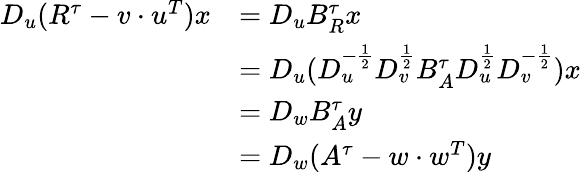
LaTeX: \begin{array}{rl}{D_{u}(R^{\tau}-v\cdot u^{T})x}&{=D_{u}B_{R}^{\tau}x}\\ &{=D_{u}(D_{u}^{-\frac{1}{2}}D_{v}^{\frac{1}{2}}B_{A}^{\tau}D_{u}^{\frac{1}{2}}D_{v}^{-\frac{1}{2}})x}\\ &{=D_{w}B_{A}^{\tau}y}\\ &{=D_{w}(A^{\tau}-w\cdot w^{T})y}\end{array}